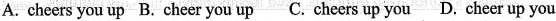
A. cheers you up B. Cheer you up C. Cheers up you D. Cheer up you